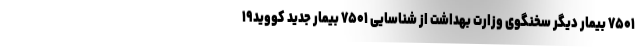
۷۵۰۱ بیمار دیگر سخنگوی وزارت بهداشت از شناسایی ۷۵۰۱ بیمار جدید کووید۱۹